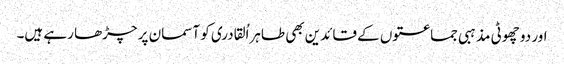
اور دو چھوٹی مذہبی جماعتوں کے قائدین بھی طاہراُلقادری کو آسمان پر چڑھا رہے ہیں۔